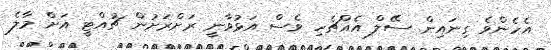
އެހެންވެ ގިނައިން ސޭލް އެއްޗެހި ވެސް އަޅުވާނީ ރަށްރަށުން ޗުއްޓީ އަށް މާލެ